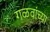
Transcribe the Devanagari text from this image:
गळवांच्या